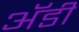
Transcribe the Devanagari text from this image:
अॅडी